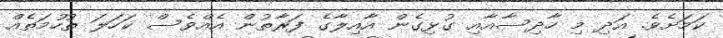
ކަމަށެވެ. އަދި މި ހާދިސާއާއި ގުޅިގެން އާއިލާގެ ފަރާތުން އެއްވެސް ކަހަލަ ތުހުމަތެއް